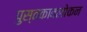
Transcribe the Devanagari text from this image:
पुस्तकावलोकन